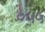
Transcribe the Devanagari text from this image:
०५५